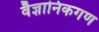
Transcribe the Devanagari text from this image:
वैज्ञानिकगण